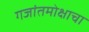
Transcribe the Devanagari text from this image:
गजांतमोक्षाचा